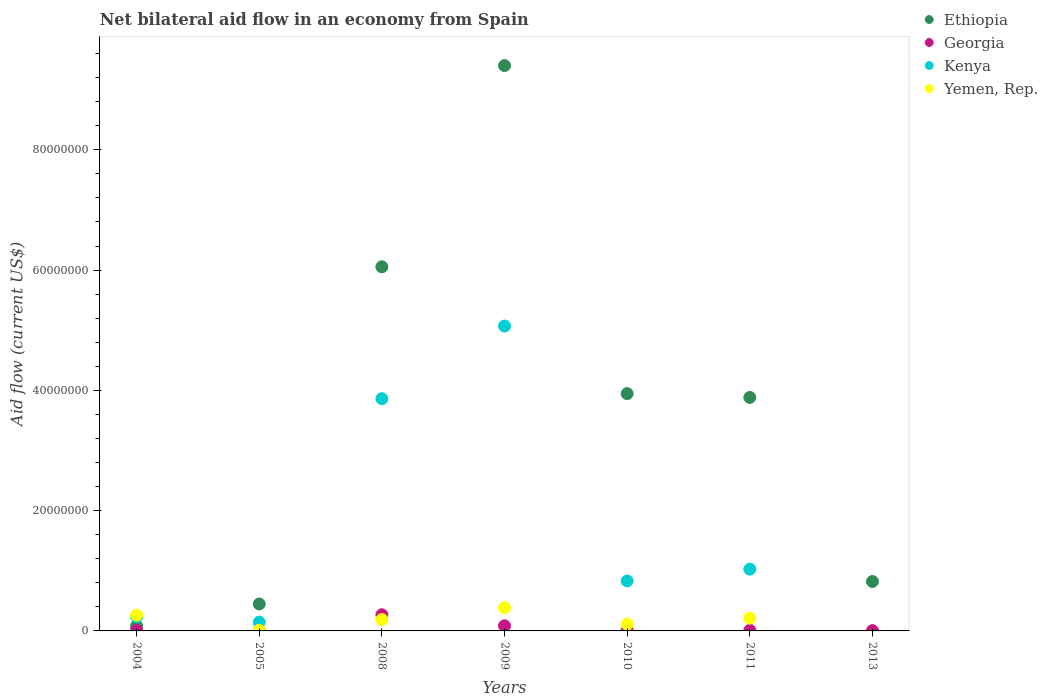
| Years | Ethiopia | Georgia | Kenya | Yemen, Rep. |
 | --- | --- | --- | --- | --- |
 | 2004 | 8.1e+05 | 9e+04 | 2.37e+06 | 2.63e+06 |
 | 2005 | 4.48e+06 | 1e+05 | 1.46e+06 | 1.2e+05 |
 | 2008 | 6.05e+07 | 2.69e+06 | 3.86e+07 | 1.89e+06 |
 | 2009 | 9.4e+07 | 8.5e+05 | 5.07e+07 | 3.86e+06 |
 | 2010 | 3.95e+07 | 1.3e+05 | 8.31e+06 | 1.11e+06 |
 | 2011 | 3.88e+07 | 1.1e+05 | 1.03e+07 | 2.12e+06 |
 | 2013 | 8.22e+06 | 5e+04 | -2.48e+06 | -9.9e+05 |